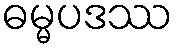
ဓမ္မပဒဿ